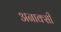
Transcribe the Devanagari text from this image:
अनाक्सी